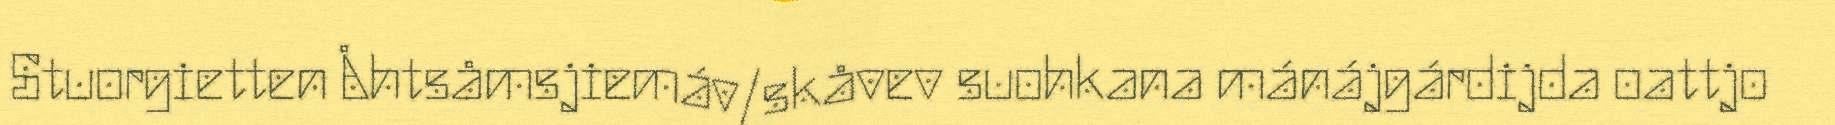
Stuorgietten Åhtsåmsjiemáv/skåvev suohkana mánájgárdijda oattjo